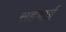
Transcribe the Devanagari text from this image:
सहबाई